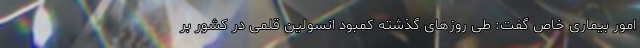
امور بیماری خاص گفت: طی روزهای گذشته کمبود انسولین قلمی در کشور بر